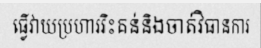
ធ្វើវាយប្រហាររិះគន់និងចាត់វិធានការ